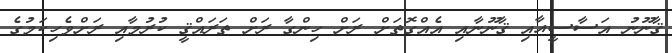
ޤާނޫނު އަސާސީއާއި ޤާނޫނާއި އެއްގޮތަށް ރަށް ހިންގާ ރަށް ތަރައްޤީ ކުރުމާއި ރަށްވެހިކަމުގެ